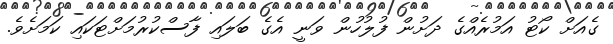
ގެއަށް ކޯޓު އަމުރެއްގެ ދަށުން ފުލުހުން ވަނީ އެގެ ބަލައި ފާސްކުރުމަށްޓަކައި ކަމަށެވެ.